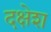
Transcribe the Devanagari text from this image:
दक्षेश